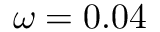
\omega = 0 . 0 4